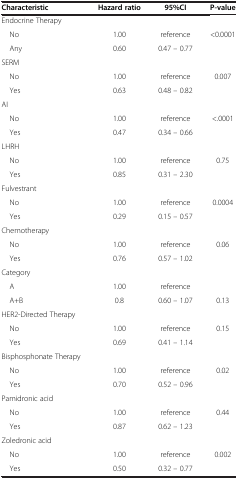
<table><thead><tr><td><b>Characteristic</b></td><td><b>Hazard ratio</b></td><td><b>95%CI</b></td><td><b>P-value</b></td></tr></thead><tbody><tr><td>Endocrine Therapy</td><td> </td><td> </td><td> </td></tr><tr><td> No</td><td>1.00</td><td>reference</td><td>&lt;0.0001</td></tr><tr><td> Any</td><td>0.60</td><td>0.47 – 0.77</td><td> </td></tr><tr><td>SERM</td><td> </td><td> </td><td> </td></tr><tr><td> No</td><td>1.00</td><td>reference</td><td>0.007</td></tr><tr><td> Yes</td><td>0.63</td><td>0.48 – 0.82</td><td> </td></tr><tr><td>AI</td><td> </td><td> </td><td> </td></tr><tr><td> No</td><td>1.00</td><td>reference</td><td>&lt;.0001</td></tr><tr><td> Yes</td><td>0.47</td><td>0.34 – 0.66</td><td> </td></tr><tr><td>LHRH</td><td> </td><td> </td><td> </td></tr><tr><td> No</td><td>1.00</td><td>reference</td><td>0.75</td></tr><tr><td> Yes</td><td>0.85</td><td>0.31 – 2.30</td><td> </td></tr><tr><td>Fulvestrant</td><td> </td><td> </td><td> </td></tr><tr><td> No</td><td>1.00</td><td>reference</td><td>0.0004</td></tr><tr><td> Yes</td><td>0.29</td><td>0.15 – 0.57</td><td> </td></tr><tr><td>Chemotherapy</td><td> </td><td> </td><td> </td></tr><tr><td> No</td><td>1.00</td><td>reference</td><td>0.06</td></tr><tr><td> Yes</td><td>0.76</td><td>0.57 – 1.02</td><td> </td></tr><tr><td>Category</td><td> </td><td> </td><td> </td></tr><tr><td> A</td><td>1.00</td><td>reference</td><td> </td></tr><tr><td> A+B</td><td>0.8</td><td>0.60 – 1.07</td><td>0.13</td></tr><tr><td>HER2-Directed Therapy</td><td> </td><td> </td><td> </td></tr><tr><td> No</td><td>1.00</td><td>reference</td><td>0.15</td></tr><tr><td> Yes</td><td>0.69</td><td>0.41 – 1.14</td><td> </td></tr><tr><td>Bisphosphonate Therapy</td><td> </td><td> </td><td> </td></tr><tr><td> No</td><td>1.00</td><td>reference</td><td>0.02</td></tr><tr><td> Yes</td><td>0.70</td><td>0.52 – 0.96</td><td> </td></tr><tr><td>Pamidronic acid</td><td> </td><td> </td><td> </td></tr><tr><td> No</td><td>1.00</td><td>reference</td><td>0.44</td></tr><tr><td> Yes</td><td>0.87</td><td>0.62 – 1.23</td><td> </td></tr><tr><td>Zoledronic acid</td><td> </td><td> </td><td> </td></tr><tr><td> No</td><td>1.00</td><td>reference</td><td>0.002</td></tr><tr><td> Yes</td><td>0.50</td><td>0.32 – 0.77</td><td> </td></tr></tbody></table>